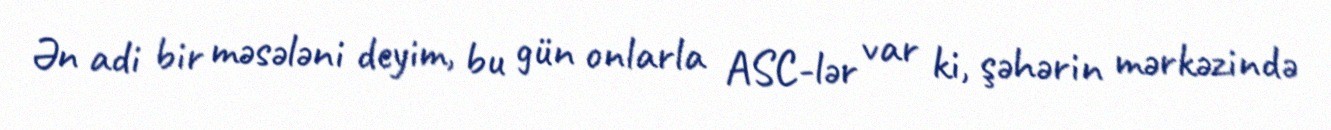
Ən adi bir məsələni deyim, bu gün onlarla ASC-lər var ki, şəhərin mərkəzində